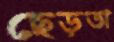
ছেড়তা